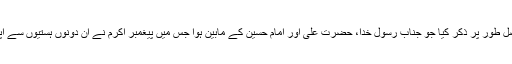
امام جمعہ نے اس تاریخی مکالمہ کو مفصل طور پر ذکر کیا جو جناب رسول خدا، حضرت علی اور امام حسین کے مابین ہوا جس میں پیغمبر اکرم نے ان دونوں ہستیوں سے اپنے اپنے فضائل بیان کرنے کا فرمایا تھا۔